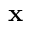
\mathbf { x }